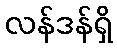
လန်ဒန်ရှိ